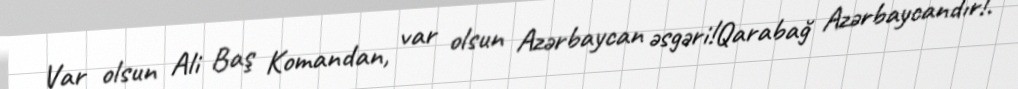
Var olsun Ali Baş Komandan, var olsun Azərbaycan əsgəri!Qarabağ Azərbaycandır!.